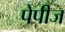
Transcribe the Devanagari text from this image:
पेपीज